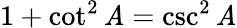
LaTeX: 1+\cot^{2}\mathit{A}=\csc^{2}\mathit{A}